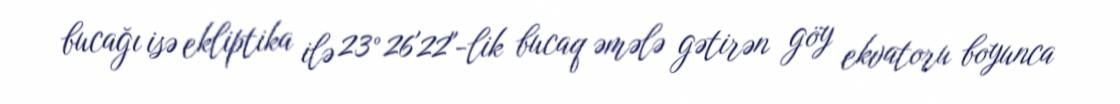
bucağı isə ekliptika ilə 23°26'22"-lik bucaq əmələ gətirən göy ekvatoru boyunca